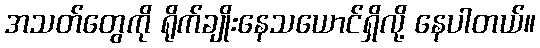
အသတ်တွေကို ရိုက်ချိုးနေသယောင်ရှိလို့ နေပါတယ်။